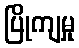
ပြိုကျမှု